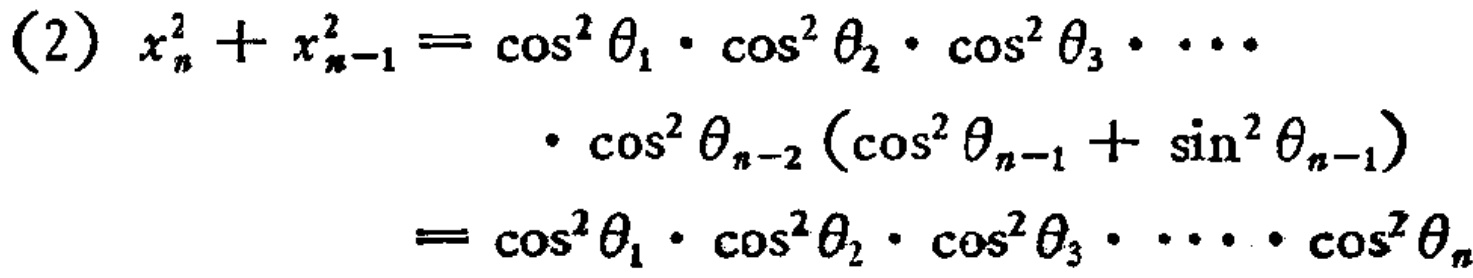
\[
\begin{align*}
(2)\ x_{n}^{2}+x_{n - 1}^{2}&=\cos^{2}\theta_{1}\cdot\cos^{2}\theta_{2}\cdot\cos^{2}\theta_{3}\cdots\\
&\cdot\cos^{2}\theta_{n - 2}(\cos^{2}\theta_{n - 1}+\sin^{2}\theta_{n - 1})\\
&=\cos^{2}\theta_{1}\cdot\cos^{2}\theta_{2}\cdot\cos^{2}\theta_{3}\cdots\cdot\cos^{2}\theta_{n}
\end{align*}
\]